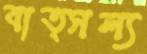
বাত্সল্য